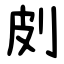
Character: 㓟